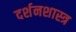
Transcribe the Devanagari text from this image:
दर्शनशास्‍त्र